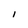
Character: i